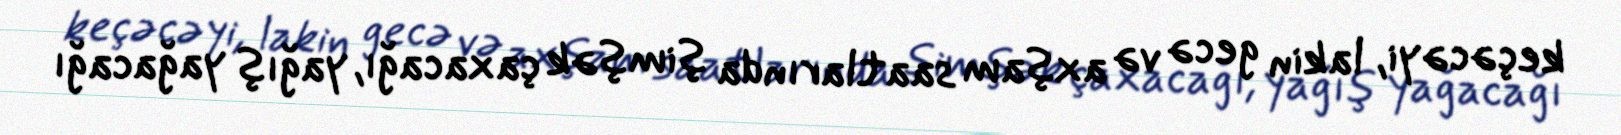
keçəcəyi, lakin gecə və axşam saatlarında şimşək çaxacağı, yağış yağacağı